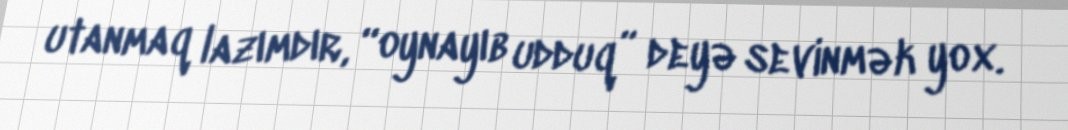
utanmaq lazımdır, “oynayıb udduq” deyə sevinmək yox.